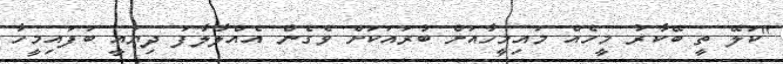
''ކަލޭ ތީ ބޭކާރު މީހެއް މައިމީހާއަށް ބުރައަކަށް ވެގެން އެއްލާލާފަ ދިޔައީ ބަފައިމީހާ